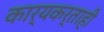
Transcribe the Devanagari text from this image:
कार्यकर्ताही